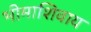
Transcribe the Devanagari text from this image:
भीमाशिवाय